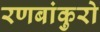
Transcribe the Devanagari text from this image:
रणबांकुरो